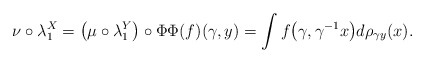
\begin{gather*}\nu\circ\lambda_1^X=\big(\mu\circ\lambda_1^Y\big)\circ \Phi\Phi(f)(\gamma, y)=\int f\big(\gamma,\gamma^{-1}x\big)d\rho_{\gamma y}(x).\end{gather*}